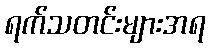
ရက်သတင်းများအရ